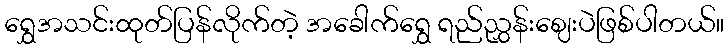
ရွှေအသင်းထုတ်ပြန်လိုက်တဲ့ အခေါက်ရွှေ ရည်ညွှန်းဈေးပဲဖြစ်ပါတယ်။